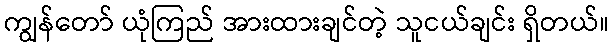
ကျွန်တော် ယုံကြည် အားထားချင်တဲ့ သူငယ်ချင်း ရှိတယ်။